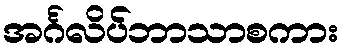
အင်္ဂလိပ်ဘာသာစကား